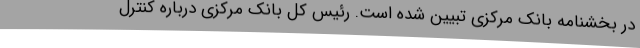
در بخشنامه بانک مرکزی تبیین شده است. رئیس کل بانک مرکزی درباره کنترل